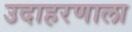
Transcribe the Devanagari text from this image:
उदाहरणाला